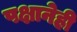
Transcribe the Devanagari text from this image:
पक्षानेही